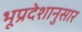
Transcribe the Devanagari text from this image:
भूप्रदेशानुसार